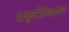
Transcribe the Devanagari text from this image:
प्रकृतिवाला